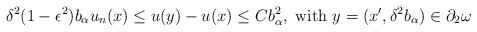
\begin{align*}\delta^2 (1 - \epsilon^2) b_{\alpha} u_n (x) \leq u(y) - u(x) \leq C b_{\alpha}^2, \mbox{ with } y = (x', \delta^2 b_\alpha) \in \partial_2 \omega\end{align*}